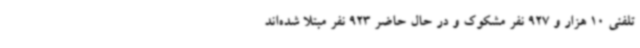
تلفنی 10 هزار و 927 نفر مشکوک و در حال حاضر 923 نفر مبتلا شده‌اند